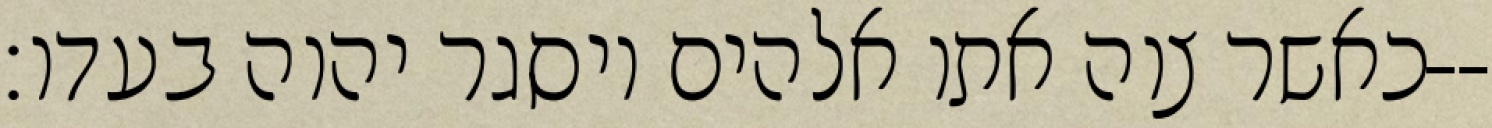
כאשר צוה אתו אלהים ויסגר יהוה בעדו׃--